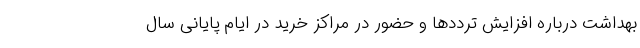
بهداشت درباره افزایش ترددها و حضور در مراکز خرید در ایام پایانی سال